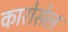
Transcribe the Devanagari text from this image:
कारोसेल